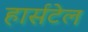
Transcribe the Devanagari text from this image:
हार्सटेल